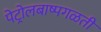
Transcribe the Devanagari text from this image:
पेट्रोलबाष्पगळती